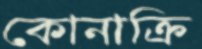
কোনাক্রি